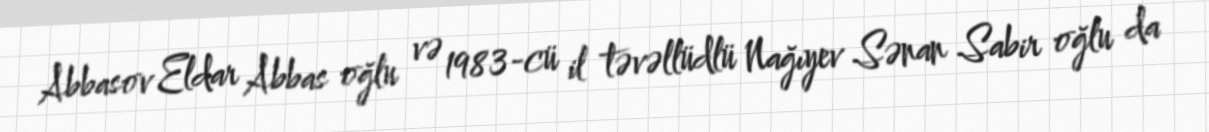
Abbasov Eldar Abbas oğlu və 1983-cü il təvəllüdlü Nağıyev Sənan Sabir oğlu da